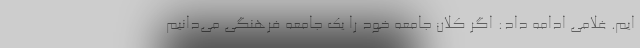
ایم. غلامی ادامه داد: اگر کلان جامعه خود را یک جامعه فرهنگی می‌دانیم